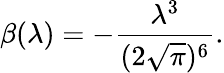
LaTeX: \beta(\lambda)=-\frac{\lambda^{3}}{(2\sqrt{\pi})^{6}}.